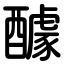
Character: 醵